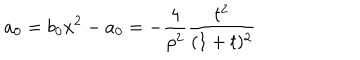
LaTeX: a _ { 0 } = b _ { 0 } x ^ { 2 } - a _ { 0 } = - \frac { 4 } { \rho ^ { 2 } } \frac { t ^ { 2 } } { ( 1 + t ) ^ { 2 } }